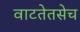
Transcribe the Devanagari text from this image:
वाटतेतसेच